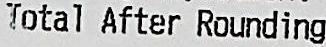
TOTAL AFTER ROUNDING